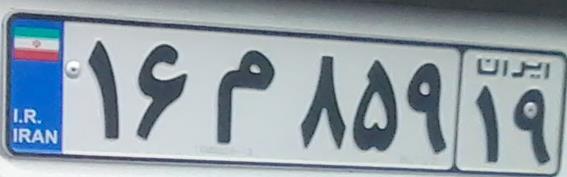
۱۶م۸۵۹۱۹